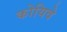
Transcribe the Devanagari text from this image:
कोयिवे